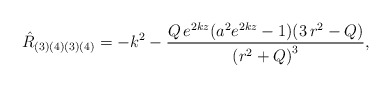
\begin{align*}{\hat{R}}_{(3)(4)(3)(4)}=-k^2-\frac{Q\,e^{2kz}(a^2e^{2kz}-1)(3\,r^2-Q)}{{(r^2+Q)}^3},\end{align*}